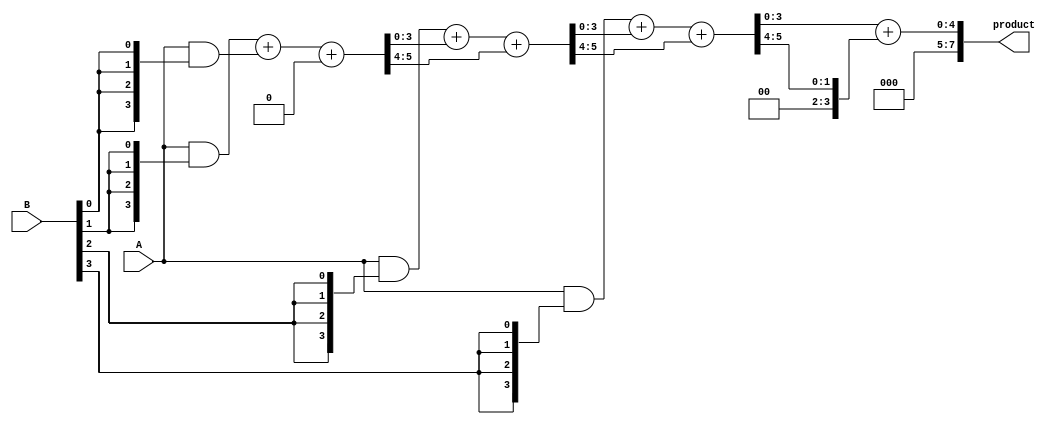
module low_power_wallace_tree_multiplier (
    input [n-1:0] A, // Multiplicand
    input [n-1:0] B, // Multiplier
    output reg [2*n-1:0] product // Product output
);
    parameter n = 4; // Number of bits for A and B

    // Partial product generation
    wire [n-1:0] pp[n-1:0]; // Partial products
    genvar i, j;

    generate
        for (i = 0; i < n; i = i + 1) begin : partial_product_gen
            assign pp[i] = A & {n{B[i]}}; // AND each bit of A with corresponding bit of B
        end
    endgenerate

    // Wallace tree reduction
    wire [n-1:0] sum [n-1:0];
    wire [n-1:0] carry [n-1:0];
    
    // Stage 1: Combine partial products using half and full adders
    generate
        for (i = 0; i < n; i = i + 1) begin : stage1
            if (i == 0) begin
                // First partial product
                assign sum[i] = pp[i];
                assign carry[i] = 0;
            end else begin
                // Full adder for existing sums and carry
                wire [n-1:0] temp_sum;
                wire [n-1:0] temp_carry;
                assign {temp_carry, temp_sum} = pp[i] + sum[i-1] + carry[i-1];
                assign sum[i] = temp_sum;
                assign carry[i] = temp_carry;
            end
        end
    endgenerate

    // Final summation using a ripple carry adder
    wire [2*n-1:0] final_sum;
    wire [2*n-1:0] final_carry;

    assign final_sum = sum[n-1] + carry[n-1];
    
    always @(*) begin
        product = final_sum; // Store the final product
    end

endmodule